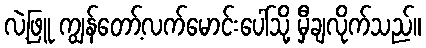
လဲ့ဖြူ ကျွန်တော့်လက်မောင်းပေါ်သို့ မှီချလိုက်သည်။